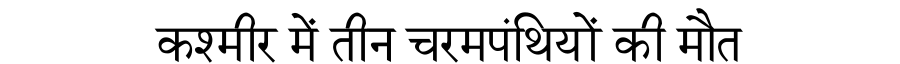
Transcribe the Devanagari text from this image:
कश्मीर में तीन चरमपंथियों की मौत